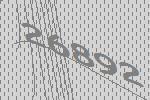
26892